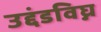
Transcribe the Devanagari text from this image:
उद्दंडविघ्न